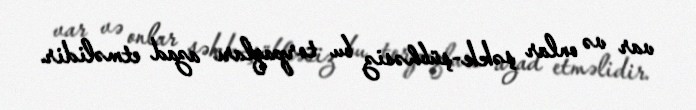
var və onlar şəkk-şübhəsiz bu torpaqları azad etməlidir.